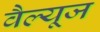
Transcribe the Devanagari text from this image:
वैल्यूज